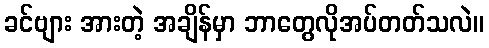
ခင်ဗျား အားတဲ့ အချိန်မှာ ဘာတွေလိုအပ်တတ်သလဲ။